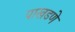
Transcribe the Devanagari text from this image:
पाखडणे